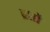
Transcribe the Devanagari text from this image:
ब्रशों